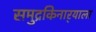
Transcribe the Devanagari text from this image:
समुद्रकिनार्‍याला